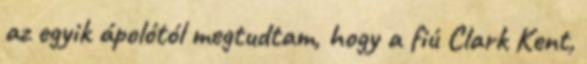
az egyik ápolótól megtudtam, hogy a fiú Clark Kent,